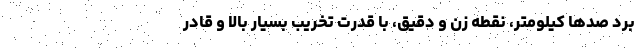
برد صد‌ها کیلومتر، نقطه زن و دقیق، با قدرت تخریب بسیار بالا و قادر